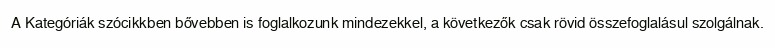
A Kategóriák szócikkben bővebben is foglalkozunk mindezekkel, a következők csak rövid összefoglalásul szolgálnak.